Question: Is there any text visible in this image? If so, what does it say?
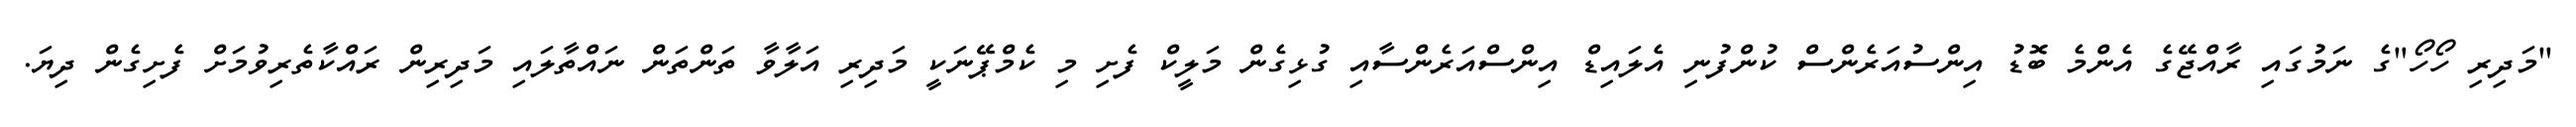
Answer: "މަދިރި ހޯހޯ"ގެ ނަމުގައި ރާއްޖޭގެ އެންމެ ބޮޑު އިންސުއަރެންސް ކުންފުނި އެލައިޑް އިންސްއަރެންސާއި ގުޅިގެން މަލީކް ފެށި މި ކެމްޕޭނަކީ މަދިރި އަލާވާ ތަންތަން ނައްތާލައި މަދިރިން ރައްކާތެރިވުމަށް ފެށިގެން ދިޔަ.